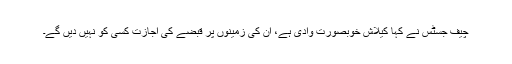
چیف جسٹس نے کہا کیلاش خوبصورت وادی ہے، ان کی زمینوں پر قبضے کی اجازت کسی کو نہیں دیں گے۔